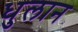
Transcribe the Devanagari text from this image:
धुलान